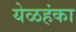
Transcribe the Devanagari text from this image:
येळहंका